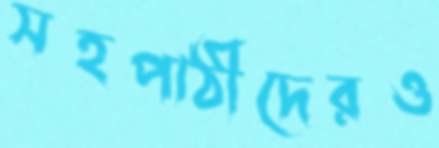
সহপাঠীদেরও